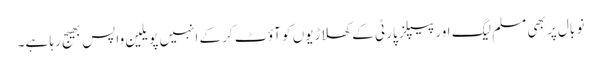
نو بال پر بھی مسلم لیگ اور پیپلز پارٹی کے کھلاڑیوں کو آؤٹ کرکے انہیں پویلین واپس بھیج رہا ہے۔